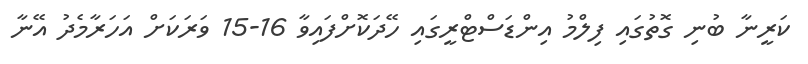
ކަރީނާ ބުނި ގޮތުގައި ފިލްމު އިންޑަސްޓްރީގައި ހޭދަކޮށްފައިވާ 16-15 ވަރަކަށް އަހަރާމެދު އޭނާ